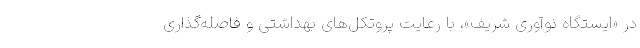
در «ایستگاه نوآوری شریف»، با رعایت پروتکل‌های بهداشتی و فاصله‌گذاری